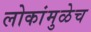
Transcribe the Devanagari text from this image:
लोकांमुळेच